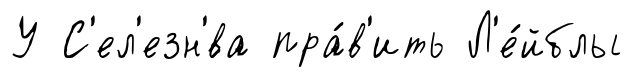
У С'ел'езн'́ва пра́в'ить Л'е́йблы